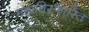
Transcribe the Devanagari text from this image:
महाविस्फारित